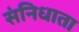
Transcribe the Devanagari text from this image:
संनिधाता